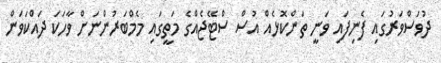
ދުވަސްވަރުގައި ފެނިފައި ވަނީ ތަންކޮޅެއް އުސް ސްޓޭޖެއްގެ މަތީގައި މެމްބަރުންނަށް ވާހަކަ ދައްކަވަން